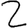
Digit: 2